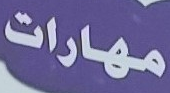
مهارات